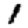
Digit: 1